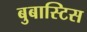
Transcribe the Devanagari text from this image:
बुबास्टिस